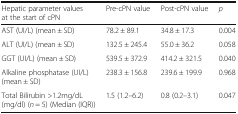
<table><thead><tr><td><b>Hepatic parameter values at the start of cPN</b></td><td><b>Pre-cPN value</b></td><td><b>Post-cPN value</b></td><td><b><i>p</i></b></td></tr></thead><tbody><tr><td>AST (UI/L) (mean ± SD)</td><td>78.2 ± 89.1</td><td>34.8 ± 17.3</td><td>0.004</td></tr><tr><td>ALT (UI/L) (mean ± SD)</td><td>132.5 ± 245.4</td><td>55.0 ± 36.2</td><td>0.058</td></tr><tr><td>GGT (UI/L) (mean ± SD)</td><td>539.5 ± 372.9</td><td>414.2 ± 321.5</td><td>0.040</td></tr><tr><td>Alkaline phosphatase (UI/L) (mean ± SD)</td><td>238.3 ± 156.8</td><td>239.6 ± 199.9</td><td>0.968</td></tr><tr><td>Total Bilirubin &gt;1.2mg/dL (mg/dl) (<i>n</i> = 5) (Median (IQR))</td><td>1.5 (1.2–6.2)</td><td>0.8 (0.2–3.1)</td><td>0.047</td></tr></tbody></table>